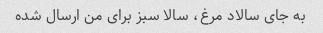
به جای سالاد مرغ، سالا سبز برای من ارسال شده